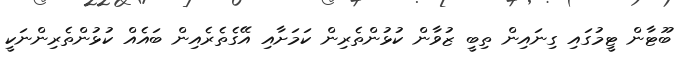
ބޫޓާން ޓީމުގައި ގިނައިން ތިބީ ޒުވާން ކުޅުންތެރިން ކަމަށާއި އޭގެތެރެއިން ބައެއް ކުޅުންތެރިންނަކީ